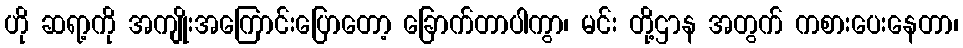
ဟို ဆရာ့ကို အကျိုးအကြောင်းပြောတော့ ခြောက်တာပါကွာ၊ မင်း တို့ဌာန အတွက် ကစားပေးနေတာ၊